Vaccine operations Central Provinces 1886-1899 - 1886-1899
Year: 1886
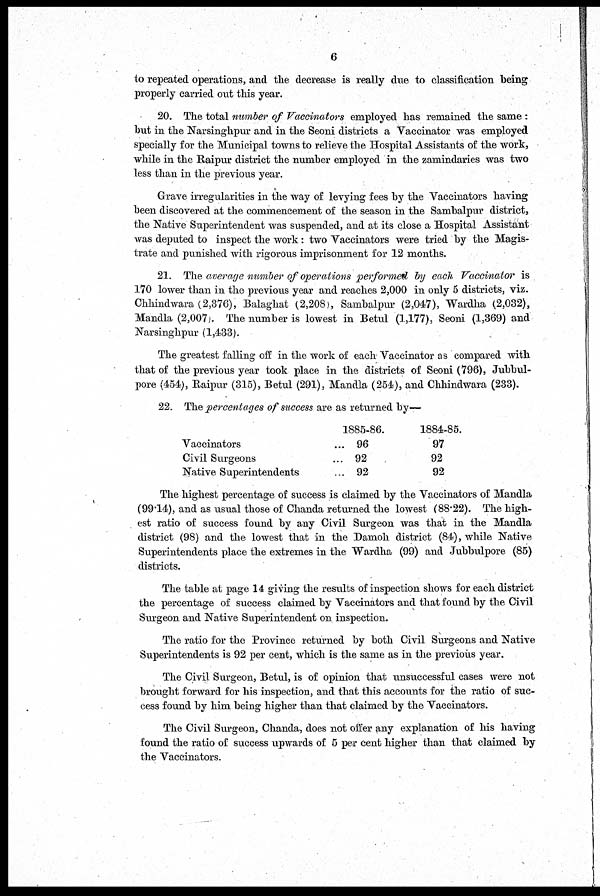
6
to repeated operations, and the decrease is really due to classification being
properly carried out this year.
20. The total number of Vaccinators employed has remained the same :
but in the Narsinghpur and in the Seoni districts a Vaccinator was employed
specially for the Municipal towns to relieve the Hospital Assistants of the work,
while in the Raipur district the number employed in the zamindaries was two
less than in the previous year.
Grave irregularities in the way of levying fees by the Vaccinators having
been discovered at the commencement of the season in the Sambalpur district,
the Native Superintendent was suspended, and at its close a Hospital Assistant
was deputed to inspect the work : two Vaccinators were tried by the Magis-
trate and punished with rigorous imprisonment for 12 months.
21. The average number of operations performed by each Vaccinator is
170 lower than in the previous year and reaches 2,000 in only 5 districts, viz.
Chhindwara (2,376), Balaghat (2,208), Sambalpur (2,047), Wardha (2,032),
Mandla (2,007). The number is lowest in Betul (1,177), Seoni (1,369) and
Narsinghpur (1,433).
The greatest falling off in the work of each-Vaccinator as compared with
that of the previous year took place in the districts of Seoni (796), Jubbul-
pore (454), Raipur (315), Betul (291), Mandla (254), and Chhindwara (233).
22. The percentages of success are as returned by—
Vaccinators ...
Civil Surgeons ...
Native Superintendents ...
1885-86.
96
92
92
1884-85.
97
92
92
The highest percentage of success is claimed by the Vaccinators of Mandla
(99.14), and as usual those of Chanda returned the lowest (88.22). The high-
est ratio of success found by any Civil Surgeon was that in the Mandla
district (98) and the lowest that in the Damoh district (84), while Native
Superintendents place the extremes in the Wardha (99) and Jubbulpore (85)
districts.
The table at page 14 giving the results of inspection shows for each district
the percentage of success claimed by Vaccinators and that found by the Civil
Surgeon and Native Superintendent on inspection.
The ratio for the Province returned by both Civil Surgeons and Native
Superintendents is 92 per cent, which is the same as in the previous year.
The Civil Surgeon, Betul, is of opinion that unsuccessful cases were not
brought forward for his inspection, and that this accounts for the ratio of suc-
cess found by him being higher than that claimed by the Vaccinators.
The Civil Surgeon, Chanda, does not offer any explanation of his having
found the ratio of success upwards of 5 per cent higher than that claimed by
the Vaccinators.